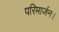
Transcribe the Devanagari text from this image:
परिमार्जन।